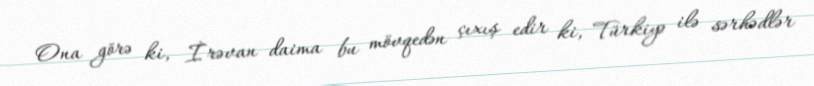
Ona görə ki, İrəvan daima bu mövqedən çıxış edir ki, Türkiyə ilə sərhədlər